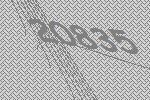
20835